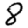
Digit: 8